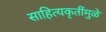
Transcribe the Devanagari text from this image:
साहित्यकृतींमुळे